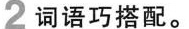
2词语巧搭配。